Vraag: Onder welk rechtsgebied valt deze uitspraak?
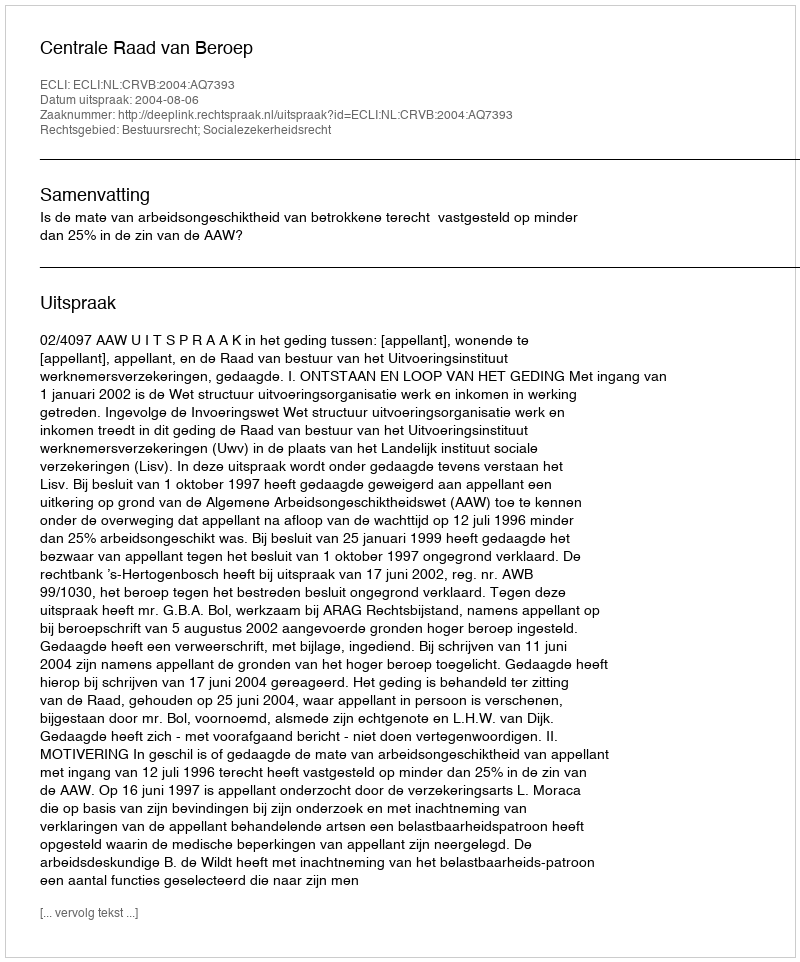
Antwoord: Bestuursrecht; Socialezekerheidsrecht